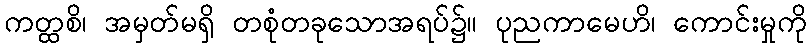
ကတ္ထစိ၊ အမှတ်မရှိ တစုံတခုသောအရပ်၌။ ပုညကာမေဟိ၊ ကောင်းမှုကို